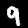
Digit: 9